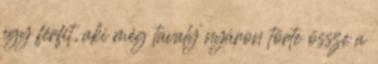
egy férfit, aki még tavaly nyáron törte össze a